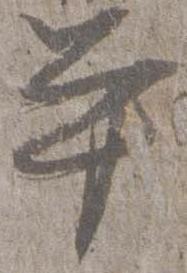
単